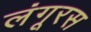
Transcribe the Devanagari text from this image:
लंगूरस